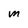
Character: M